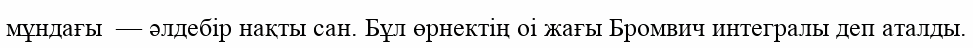
мұндағы  — әлдебір нақты сан. Бұл өрнектің оі жағы Бромвич интегралы деп аталды.